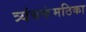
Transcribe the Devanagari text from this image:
त्र्यंबकंमठिका